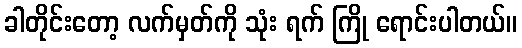
ခါတိုင်းတော့ လက်မှတ်ကို သုံး ရက် ကြို ရောင်းပါတယ်။